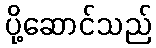
ပို့ဆောင်သည်